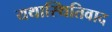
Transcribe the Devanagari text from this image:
यथास्थितिवाद